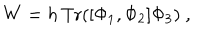
W = h \, \mathrm { T r } ( [ \Phi _ { 1 } , \Phi _ { 2 } ] \Phi _ { 3 } ) \ ,